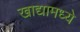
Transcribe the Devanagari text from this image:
खाद्यामध्ये